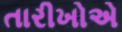
તારીખોએ